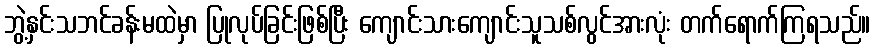
ဘွဲ့နှင်းသဘင်ခန်းမထဲမှာ ပြုလုပ်ခြင်းဖြစ်ပြီး ကျောင်းသားကျောင်းသူသစ်လွင်အားလုံး တက်ရောက်ကြရသည်။